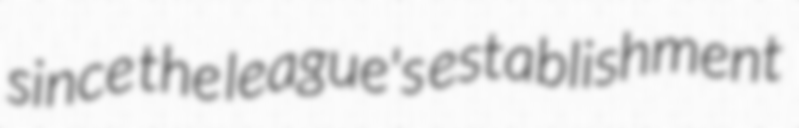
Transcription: since the league's establishment